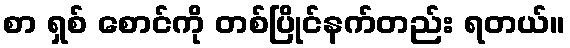
စာ ရှစ် စောင်ကို တစ်ပြိုင်နက်တည်း ရတယ်။